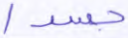
جسدا